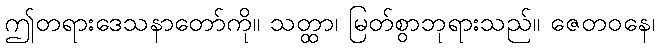
ဤတရားဒေသနာတော်ကို။ သတ္ထာ၊ မြတ်စွာဘုရားသည်။ ဇေတဝနေ၊